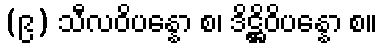
(၉) သီလဝိပန္နော စ၊ ဒိဋ္ဌိဝိပန္နော စ။